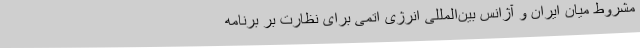
مشروط میان ایران و آژانس بین‌المللی انرژی اتمی برای نظارت بر برنامه